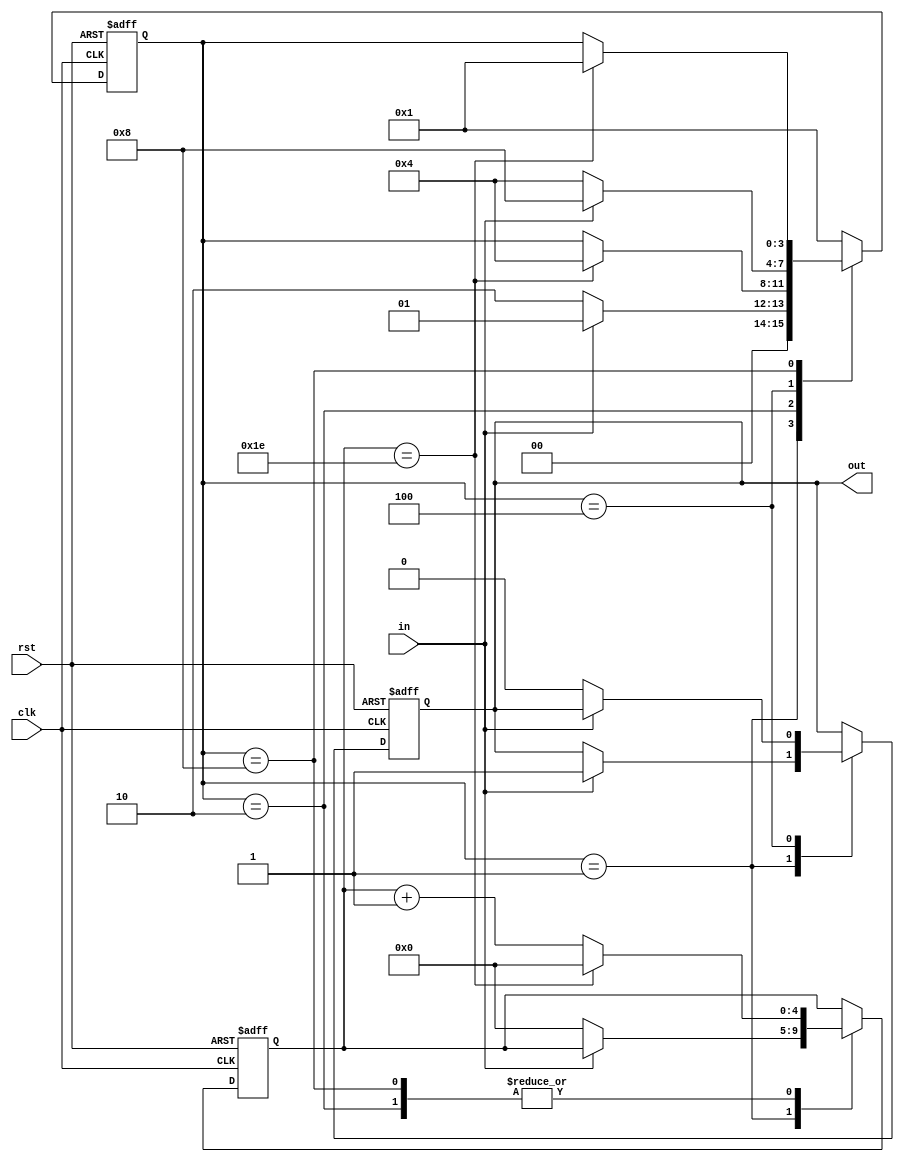
module Debounce(clk,rst,in,out);

input clk;
input rst;
input in;

output reg out;   //

parameter Idle = 4'b0001,       //
			 Wait = 4'b0010,       //()
			 Press = 4'b0100,      //
			 Relase = 4'b1000;     //()
		 
reg [3:0] state;

reg [4:0] cnt;   //

always @(posedge clk,negedge rst)begin
	if(!rst)begin
		state<=Idle;
		cnt <= 0;
		out <= 1;   
		end
	else begin
		case(state)
			Idle:begin 
				  if(!in)begin  //
						state<=Wait; 
						cnt <= 0;   //
						end
				  else begin
						state<=Idle;
						out <= 1;   //
						end
				  end
			Wait:begin 
				  if(cnt==30)begin    //30ms
						state<=Press;  
                  cnt<=0;
						end
				  else 
						cnt<=cnt+1;
				  end
			Press:begin 
						if(in)  //
							state<=Relase;
						else begin
							state <= Press;
							out<=0;
							end
					end
			Relase:begin 
					 if(cnt==30)begin    //30ms
						state<=Idle;  
                  cnt<=0;
						end
				    else 
						cnt<=cnt+1;
					 end
			default: state <= Idle;
		endcase
	end
end



endmodule